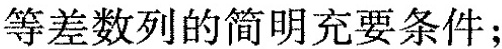
等差数列的简明充要条件；